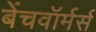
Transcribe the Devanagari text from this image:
बेंचवॉर्मर्स